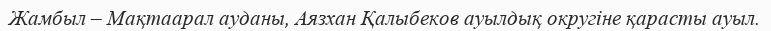
Жамбыл – Мақтаарал ауданы, Аязхан Қалыбеков ауылдық округіне қарасты ауыл.